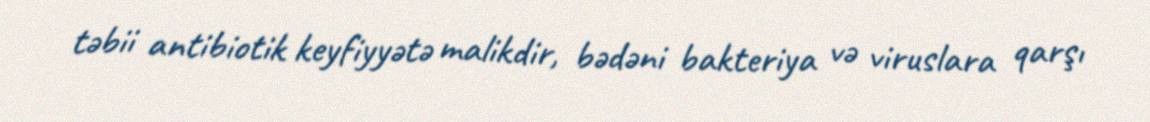
təbii antibiotik keyfiyyətə malikdir, bədəni bakteriya və viruslara qarşı